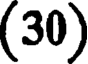
(30)